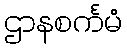
ဌာနစင်္ကမံ